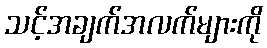
သင့်အချက်အလက်များကို